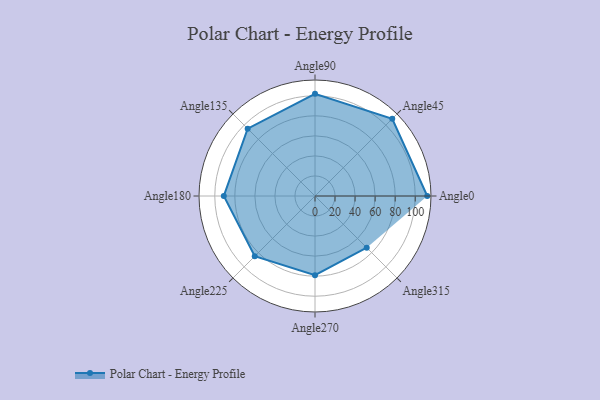
{"axis": {"x": "Angle", "y": "Radius"}, "legend": [""], "data": [{"x": "Angle0", "y": 112.0, "type": ""}, {"x": "Angle45", "y": 109.0, "type": ""}, {"x": "Angle90", "y": 102.0, "type": ""}, {"x": "Angle135", "y": 95.0, "type": ""}, {"x": "Angle180", "y": 91.0, "type": ""}, {"x": "Angle225", "y": 85.0, "type": ""}, {"x": "Angle270", "y": 79.0, "type": ""}, {"x": "Angle315", "y": 73.0, "type": ""}]}